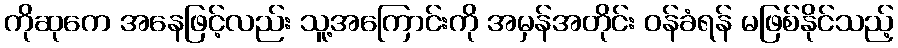
ကိုဆုကေ အနေဖြင့်လည်း သူ့အကြောင်းကို အမှန်အတိုင်း ဝန်ခံရန် မဖြစ်နိုင်သည့်